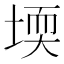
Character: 堧